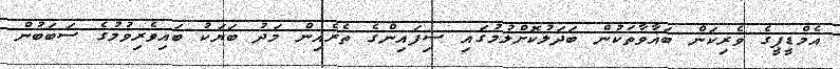
އެމްޑީޕީގެ ވެރިކަން ބަޣާވާތަކުން ބަދަލުކޮށްލުމުގައި ސިފައިންގެ ތެރެއިން މަދު ބަޔަކު ބައިވެރިވުމުގެ ސަބަބުން